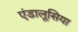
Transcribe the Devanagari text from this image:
एंडालूसिया